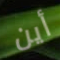
أين